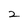
Character: 2